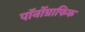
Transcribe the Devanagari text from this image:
पॉर्नोग्राफिक